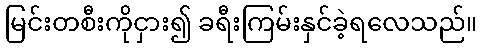
မြင်းတစီးကိုငှား၍ ခရီးကြမ်းနှင်ခဲ့ရလေသည်။